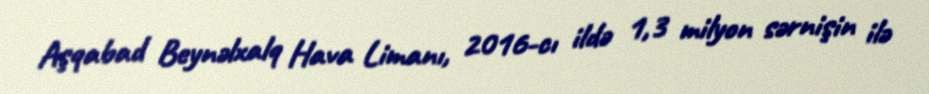
Aşqabad Beynəlxalq Hava Limanı, 2016-cı ildə 1,3 milyon sərnişin ilə